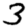
Digit: 3